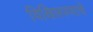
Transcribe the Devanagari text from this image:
विक्षिप्तपणाचे